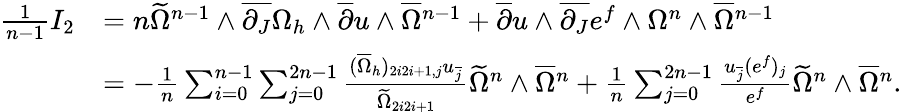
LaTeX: \begin{array}{rl}{\frac{1}{n-1}I_{2}}&{=n\widetilde{\Omega}^{n-1}\wedge\overline{{\partial_{J}}}\Omega_{h}\wedge\overline{{\partial}}u\wedge\overline{{\Omega}}{\mathstrut}^{n-1}+\overline{{\partial}}u\wedge\overline{{\partial_{J}}}e^{f}\wedge\Omega^{n}\wedge\overline{{\Omega}}{\mathstrut}^{n-1}}\\ &{=-\frac{1}{n}\sum_{i=0}^{n-1}\sum_{j=0}^{2n-1}\frac{(\overline{{\Omega}}{\mathstrut}_{h})_{2i2i+1,j}u_{\overline{{j}}}}{\widetilde{\Omega}_{2i2i+1}}\widetilde{\Omega}^{n}\wedge\overline{{\Omega}}{\mathstrut}^{n}+\frac{1}{n}\sum_{j=0}^{2n-1}\frac{u_{\overline{{j}}}(e^{f})_{j}}{e^{f}}\widetilde{\Omega}^{n}\wedge\overline{{\Omega}}{\mathstrut}^{n}.}\end{array}